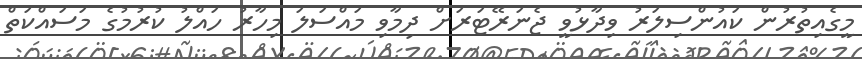
މީގެއިތުރުން ކައުންސިލަރު ވިދާޅުވީ ޖެނަރޭޓަރަށް ދިމާވި މައްސަލަ މިހާރު ހައްލު ކުރުމުގެ މަސައްކަތް